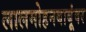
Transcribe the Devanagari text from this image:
लालमोहनबाबूंवर